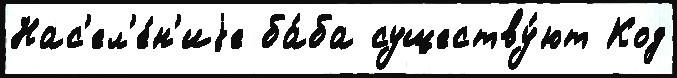
Нас'ел'е́н'иjе ба́ба существу́ют Код